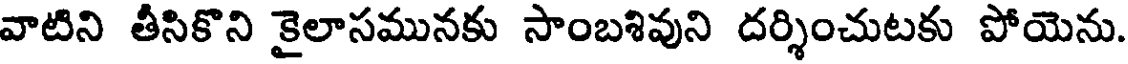
వాటిని తీసికొని కైలాసమునకు సాంబశివుని దర్శించుటకు పోయెను.